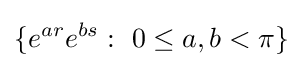
\lbrace e^{ar}e^{bs}:\ 0\leq a,b<\pi \rbrace